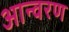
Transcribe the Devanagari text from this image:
आन्वरण